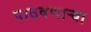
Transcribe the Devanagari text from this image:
पाठवणाऱ्या